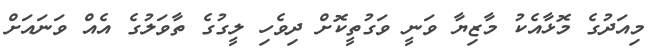
މިއަދުގެ މޮޅާއެކު މާޒިޔާ ވަނީ ވަގުތީކޮށް ދިވެހި ލީގުގެ ތާވަލުގެ އެއް ވަނައަށް